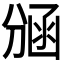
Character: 𭄃